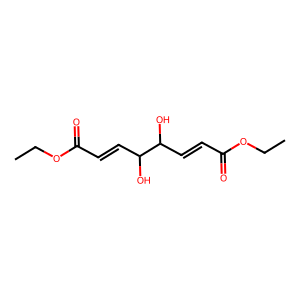
SMILES: CCOC(=O)C=CC(O)C(O)C=CC(=O)OCC
Inhibits HIV replication: No